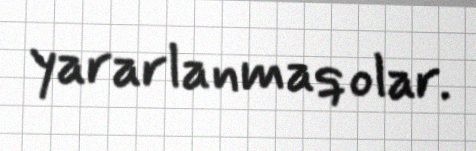
yararlanmaq olar.